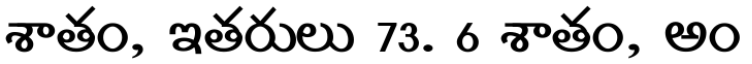
శాతం, ఇతరులు 73. 6 శాతం, అం